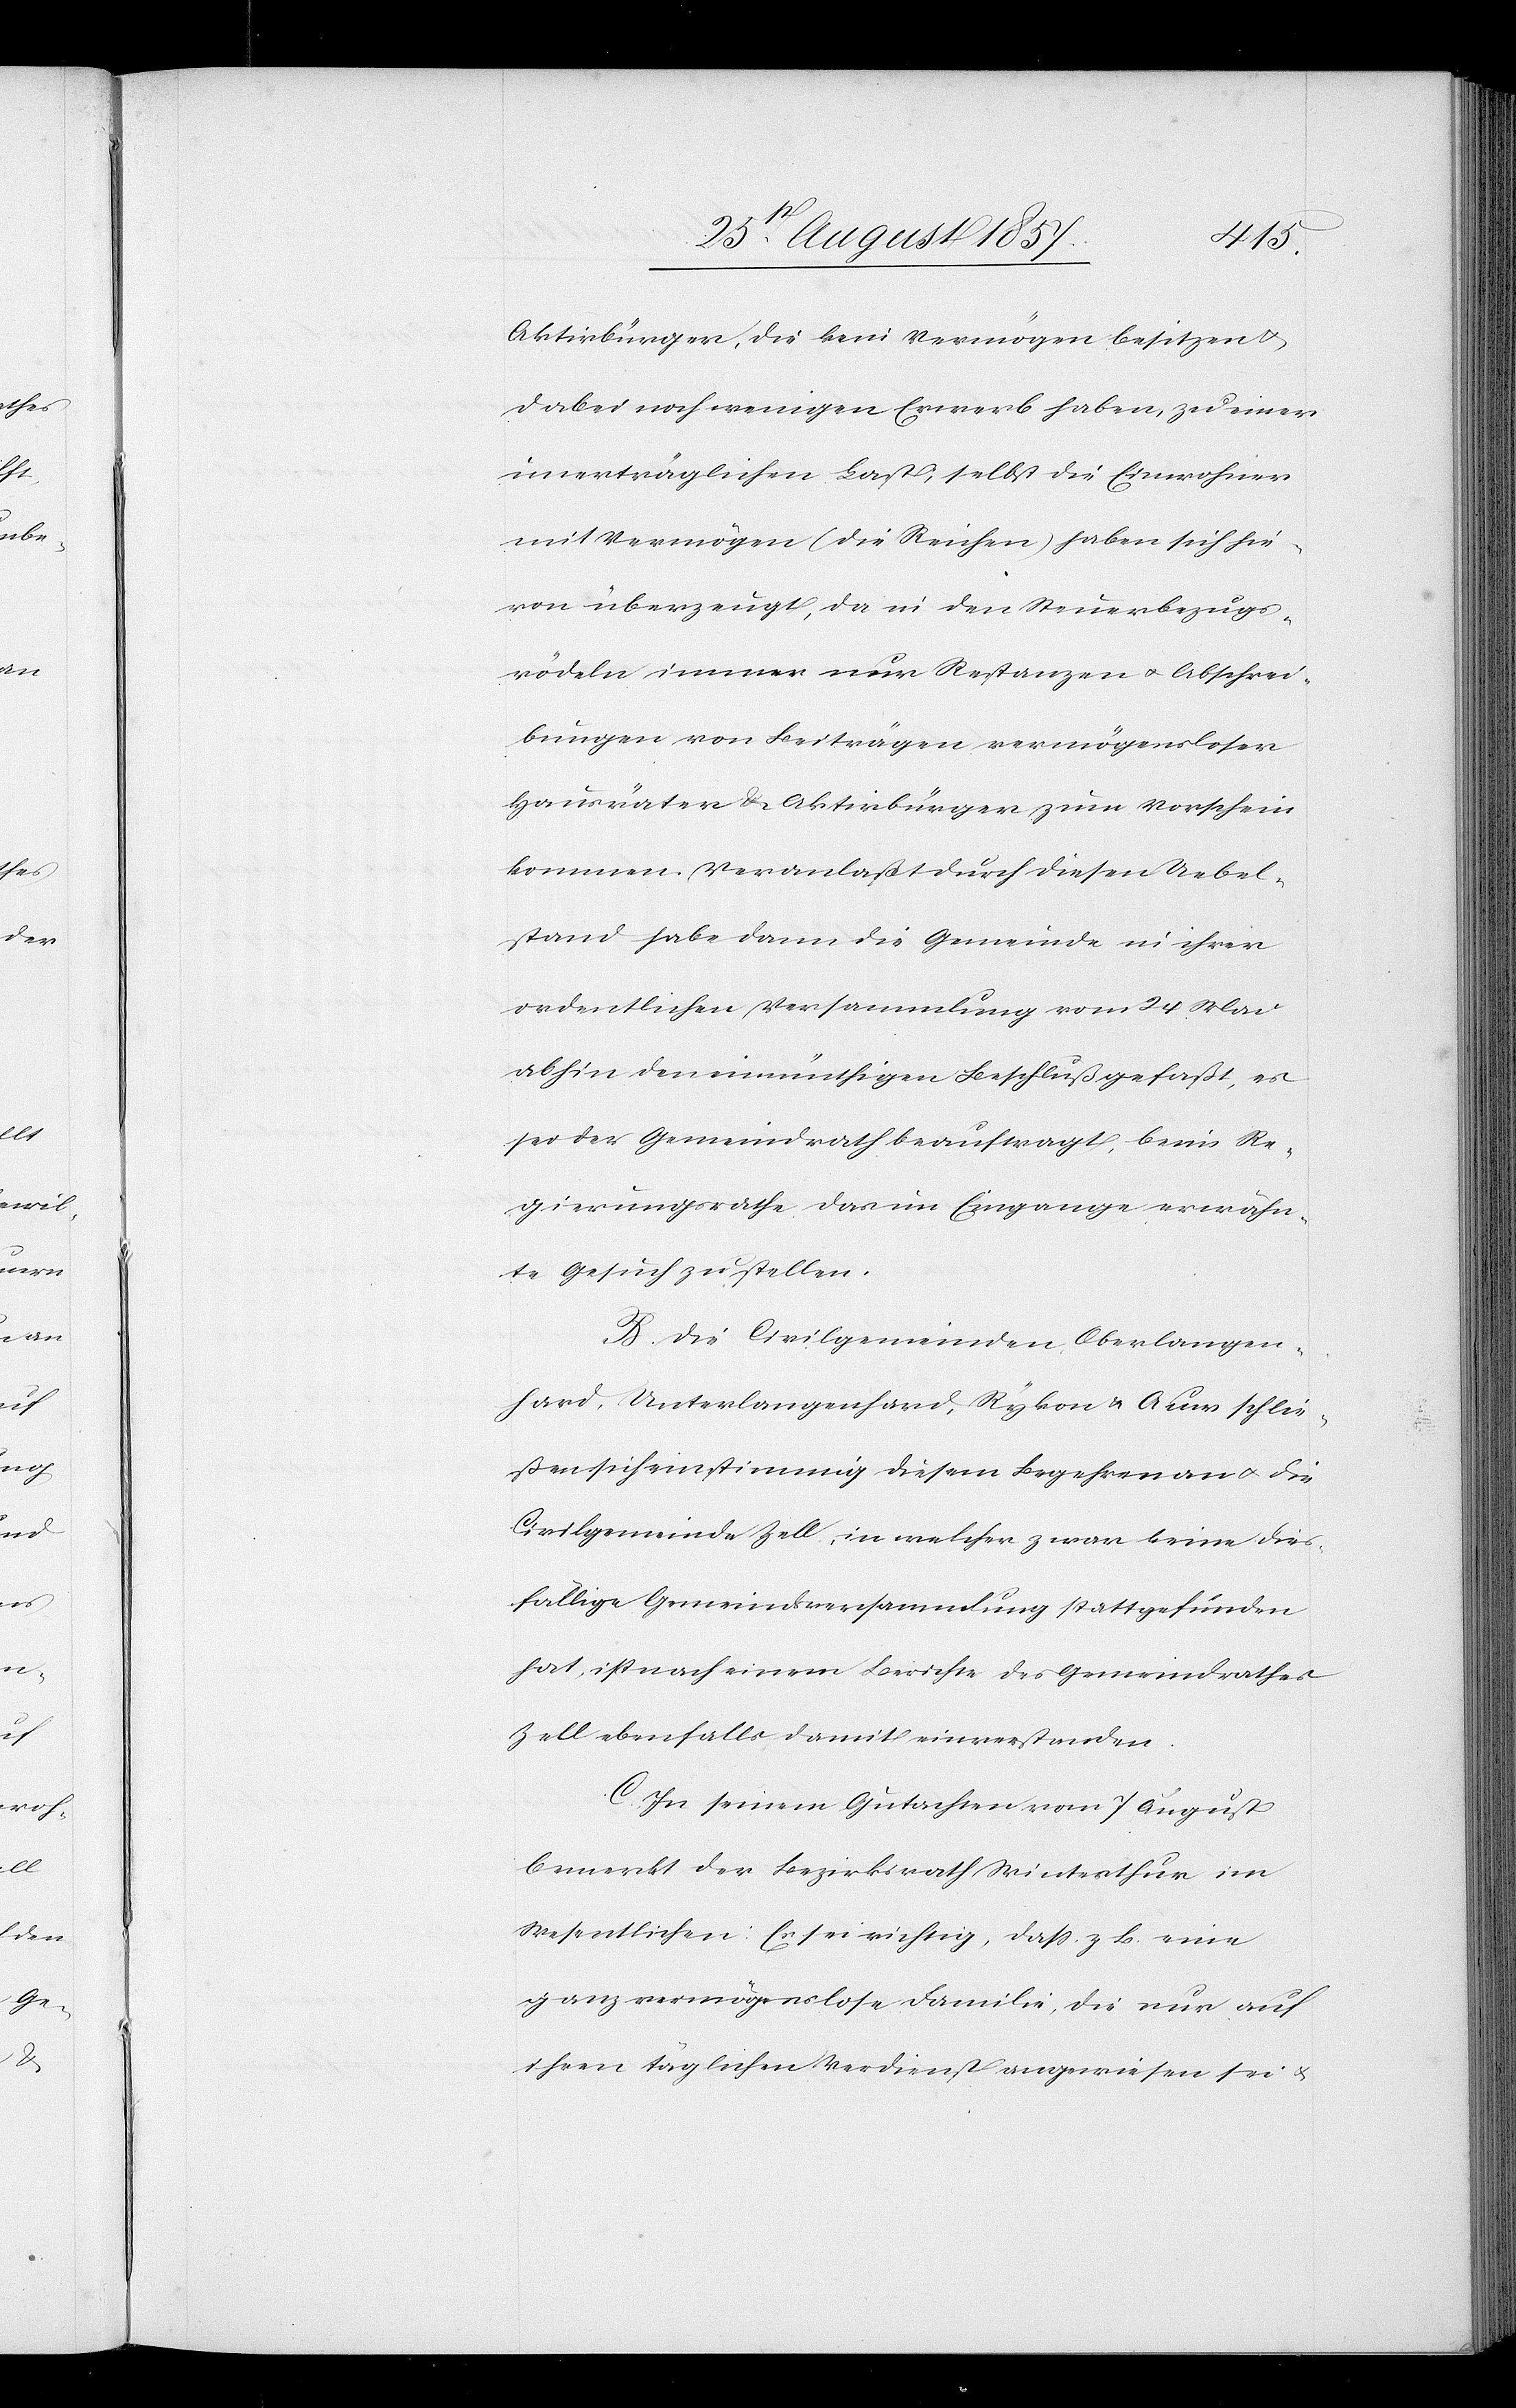
Aktivbürger, die kein Vermögen besitzen &
dabei noch wenigen Erwerb haben, zu einer
unerträglichen Last, selbst die Einwohner
mit Vermögen (die Reichen) haben sich hie¬
von überzeugt, da in den Steuerbezugs¬
rödeln immer nur Restanzen & Abschrei¬
bungen von Beiträgen vermögensloser
Hausräten & Aktivbürger zum Vorschein
kommen. Veranlaßt durch diesen Uebel¬
stand habe dann die Gemeinde in ihrer
ordentlichen Versammlung vom 24 Mai
abhin den einmüthigen Beschluß gefaßt, es
sei der Gemeindrath beauftragt, beim Re¬
gierungsrathe das im Eingange erwähn¬
te Gesuch zu stellen.
B. Die Civilgemeinden Oberlangen¬
hard, Unterlangenhard, Rykon & Auer schlie¬
ßen sich einstimmig diesem Begehren an & die
Civilgemeinde Zell, in welcher zwar keine dies¬
fällige Gemeindeversammlung stattgefunden
hat, ist nach einem Berichte des Gemeindrathes
Zell ebenfalls damit einverstanden.
C. In seinem Gutachten vom 7 August
bemerkt der Bezirksrath Winterthur im
Wesentlichen: Es sei richtig, daß z. B. eine
ganz vermögenslose Familie, die nur auf
ihren täglichen Verdienst angewiesen sei &